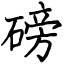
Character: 磅